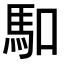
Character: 𠺎